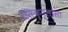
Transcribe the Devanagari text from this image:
वेसिक्युलोसा